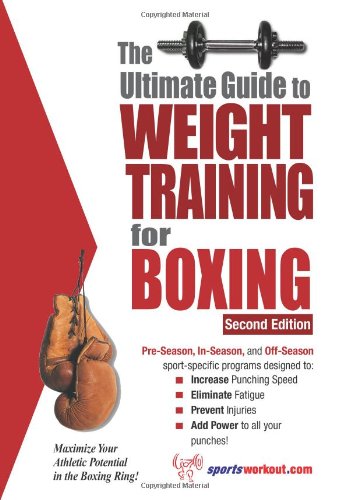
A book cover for Ultimate Guide to Weight Training for Boxing; Rob Price; Sports & Outdoors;